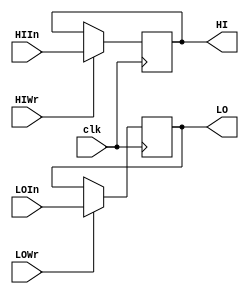
module hilo(HIIn,HIWr,LOIn,LOWr,HI,LO,clk) ;
	input		[31:0]	HIIn;
	input		[31:0]	LOIn;
	input			HIWr;
	input			LOWr;
	input			clk;
	output		[31:0]	HI;
	output		[31:0]	LO;

	reg		[31:0]	hi;
	reg		[31:0]	lo;

	assign HI = hi ;
	assign LO = lo ;
	
	always @ ( posedge clk )
		begin
		if ( HIWr )
			hi = HIIn ;
		if( LOWr )
			lo = LOIn ;
		end
endmodule